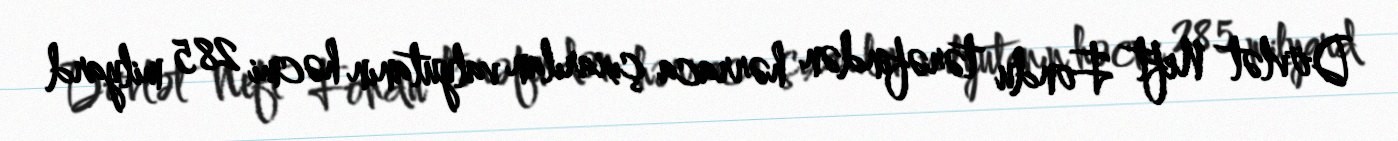
Dövlət Neft Fondu tərəfindən hərraca çıxarılan valyutanın həcmi 285 milyard